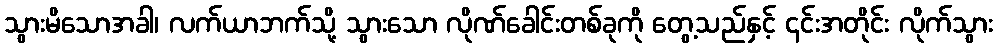
သွားမိသောအခါ၊ လက်ယာဘက်သို့ သွားသော လိုဏ်ခေါင်းတစ်ခုကို တွေ့သည်နှင့် ၎င်းအတိုင်း လိုက်သွား